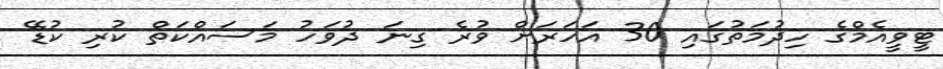
ޓީވީއެމްގެ ހިދުމަތުގައި 30 އަހަރަށް ވުރެ ގިނަ ދުވަހު މަސައްކަތް ކުރި ކުޑޭ